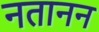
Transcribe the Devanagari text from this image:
नतानन